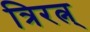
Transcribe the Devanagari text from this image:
त्रिरत्न्